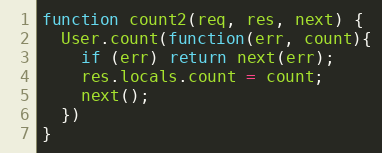
Language: JavaScript
function count2(req, res, next) {
  User.count(function(err, count){
    if (err) return next(err);
    res.locals.count = count;
    next();
  })
}